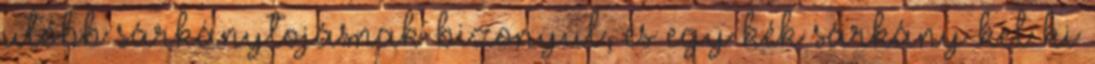
utóbb sárkánytojásnak bizonyul, és egy kék sárkány kel ki